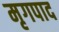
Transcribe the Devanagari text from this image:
मृगपाद